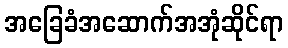
အခြေခံအဆောက်အအုံဆိုင်ရာ